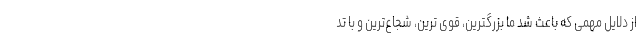
از دلایل مهمی که باعث شد ما بزرگترین، قوی ترین، شجاع‌ترین و با تد